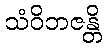
သံဝိဘဇန္တိ